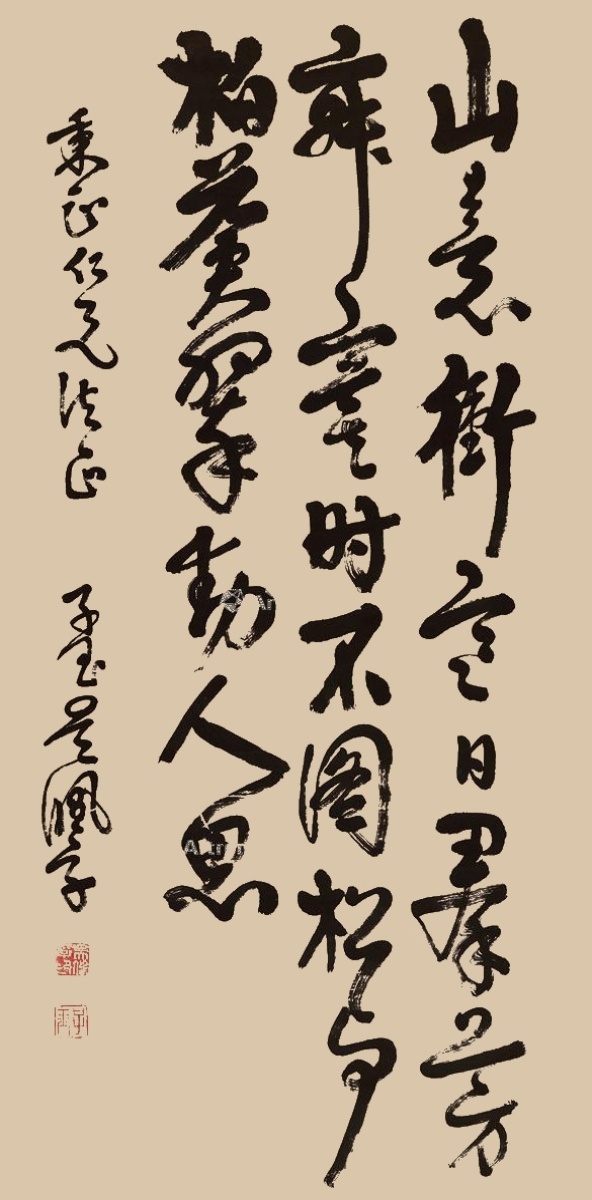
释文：山意冲寒日，群芳寂寞时。不图松与柏，苍翠动人思。秉正仁兄法正。子玉吴佩孚。